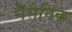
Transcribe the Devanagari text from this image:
नैसैनिक